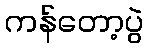
ကန်တော့ပွဲ